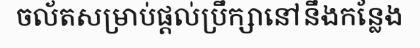
ចល័តសម្រាប់ផ្តល់ប្រឹក្សានៅនឹងកន្លែង